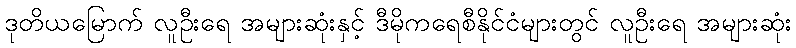
ဒုတိယမြောက် လူဦးရေ အများဆုံးနှင့် ဒီမိုကရေစီနိုင်ငံများတွင် လူဦးရေ အများဆုံး